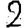
Digit: 2